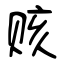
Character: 赅